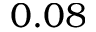
0 . 0 8